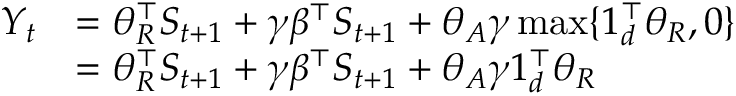
\begin{array} { r l } { Y _ { t } } & { = \theta _ { R } ^ { \top } S _ { t + 1 } + \gamma \beta ^ { \top } S _ { t + 1 } + \theta _ { A } \gamma \operatorname* { m a x } \{ 1 _ { d } ^ { \top } \theta _ { R } , 0 \} } \\ & { = \theta _ { R } ^ { \top } S _ { t + 1 } + \gamma \beta ^ { \top } S _ { t + 1 } + \theta _ { A } \gamma 1 _ { d } ^ { \top } \theta _ { R } } \end{array}